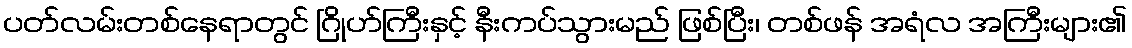
ပတ်လမ်းတစ်နေရာတွင် ဂြိုဟ်ကြီးနှင့် နီးကပ်သွားမည် ဖြစ်ပြီး၊ တစ်ဖန် အရံလ အကြီးများ၏